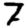
Digit: 7